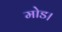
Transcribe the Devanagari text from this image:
मोड।